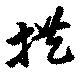
拱